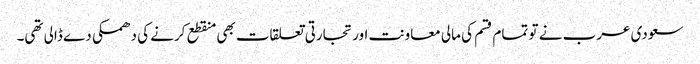
سعودی عرب نے تو تمام قسم کی مالی معاونت اور تجارتی تعلقات بھی منقطع کرنے کی دھمکی دے ڈالی تھی۔